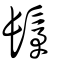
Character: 髳